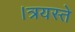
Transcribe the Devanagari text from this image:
।त्रयस्ते